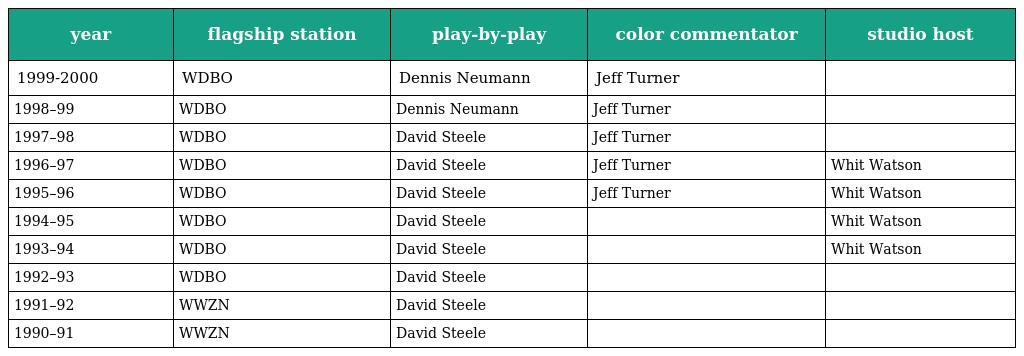
| year | flagship station | play-by-play | color commentator | studio host |
 | --- | --- | --- | --- | --- |
 | 1999-2000 | WDBO | Dennis Neumann | Jeff Turner |  |
 | 1998–99 | WDBO | Dennis Neumann | Jeff Turner |  |
 | 1997–98 | WDBO | David Steele | Jeff Turner |  |
 | 1996–97 | WDBO | David Steele | Jeff Turner | Whit Watson |
 | 1995–96 | WDBO | David Steele | Jeff Turner | Whit Watson |
 | 1994–95 | WDBO | David Steele |  | Whit Watson |
 | 1993–94 | WDBO | David Steele |  | Whit Watson |
 | 1992–93 | WDBO | David Steele |  |  |
 | 1991–92 | WWZN | David Steele |  |  |
 | 1990–91 | WWZN | David Steele |  |  |